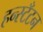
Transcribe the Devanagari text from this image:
हन्स्टँटन